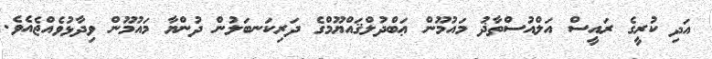
އަދި ކުރީގެ ރައީސް އަލްއުސްތާޛު މައުމޫން ޢަބްދުލްޤައްޔޫމްގެ ދަރިކަނބަލުން ދުންޔާ މައުމޫން ވިދާޅުވެއްޖެއެވެ.